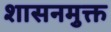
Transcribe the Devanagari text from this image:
शासनमुक्त